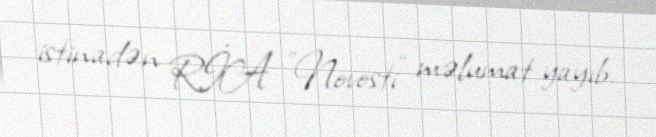
istinadən RİA "Novosti" məlumat yayıb.